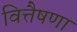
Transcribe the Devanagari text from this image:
वित्तैषणा